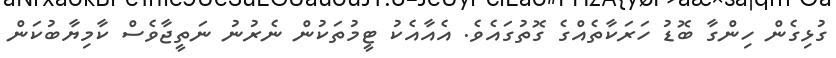
ގުޅިގެން ހިންގާ ބޮޑު ހަރަކާތެއްގެ ގޮތުގައެވެ. އެއާއެކު ޓީމުތަކުން ނެރުނު ނަތީޖާވެސް ކާމިޔާބުކަން